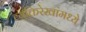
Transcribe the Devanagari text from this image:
व्यक्तिरेखांमध्ये